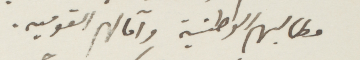
مطالبهم الوطنية وآمالهم القوميه.